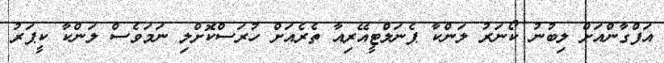
އަފްގާންއަށް ލިބުނު ކޯނަރު ލަންކާ ޕެނަލްޓީއޭރިއާ ތެރެއަށް ހުރަސްކޮށްލި ނަމަވެސް ލަންކާ ކީޕަރު